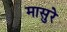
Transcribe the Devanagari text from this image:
मासुरे